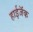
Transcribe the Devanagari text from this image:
हाईजॅक